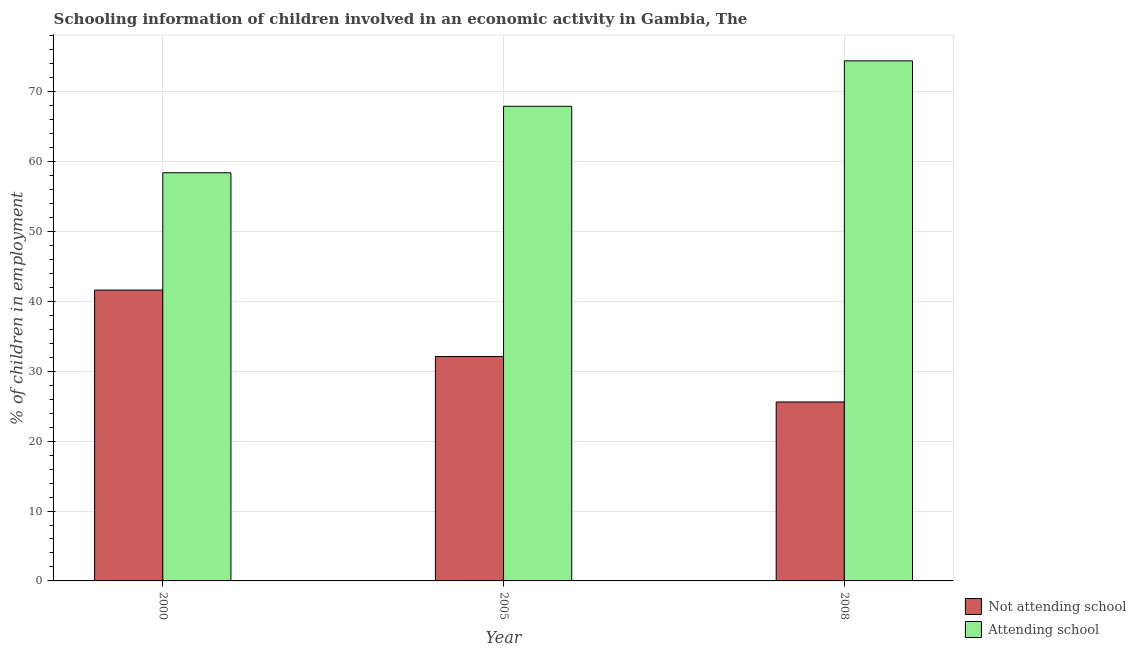
| Year | Not attending school | Attending school |
 | --- | --- | --- |
 | 2000 | 41.6 | 58.4 |
 | 2005 | 32.1 | 67.9 |
 | 2008 | 25.6 | 74.4 |